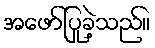
အဖော်ပြုခဲ့သည်။